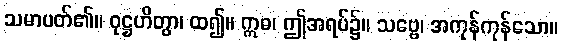
သမာပတ်၏။ ဝုဋ္ဌဟိတွာ၊ ထ၍။ ဣဓ၊ ဤအရပ်၌။ သဗ္ဗေ၊ အကုန်ကုန်သော။